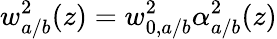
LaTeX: w_{a/b}^{2}(z)=w_{0,a/b}^{2}\alpha_{a/b}^{2}(z)